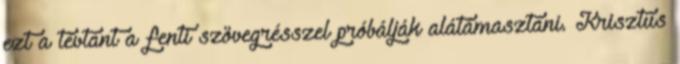
ezt a tévtant a fenti szövegrésszel próbálják alátámasztani. Krisztus